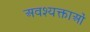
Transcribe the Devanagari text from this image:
अवश्यक्ताओं